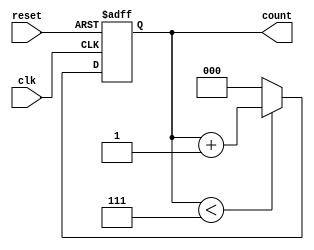
module divide_by_n_counter #(
    parameter N = 8  // Parameter N, the dividing factor
)(
    input wire clk,      // Clock input
    input wire reset,    // Asynchronous reset input
    output reg [$clog2(N)-1:0] count // Output count value
);

    // Always block triggered on the rising edge of the clock or the reset signal
    always @(posedge clk or posedge reset) begin
        if (reset) begin
            count <= 0; // Reset the count to zero
        end else begin
            if (count < N-1) begin
                count <= count + 1; // Increment the count
            end else begin
                count <= 0; // Reset the count to zero when reaching N-1
            end
        end
    end

endmodule